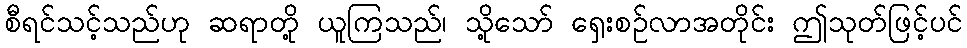
စီရင်သင့်သည်ဟု ဆရာတို့ ယူကြသည်၊ သို့သော် ရှေးစဉ်လာအတိုင်း ဤသုတ်ဖြင့်ပင်